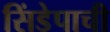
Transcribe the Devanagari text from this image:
सिंडेपाची